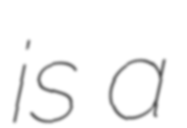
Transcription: is a